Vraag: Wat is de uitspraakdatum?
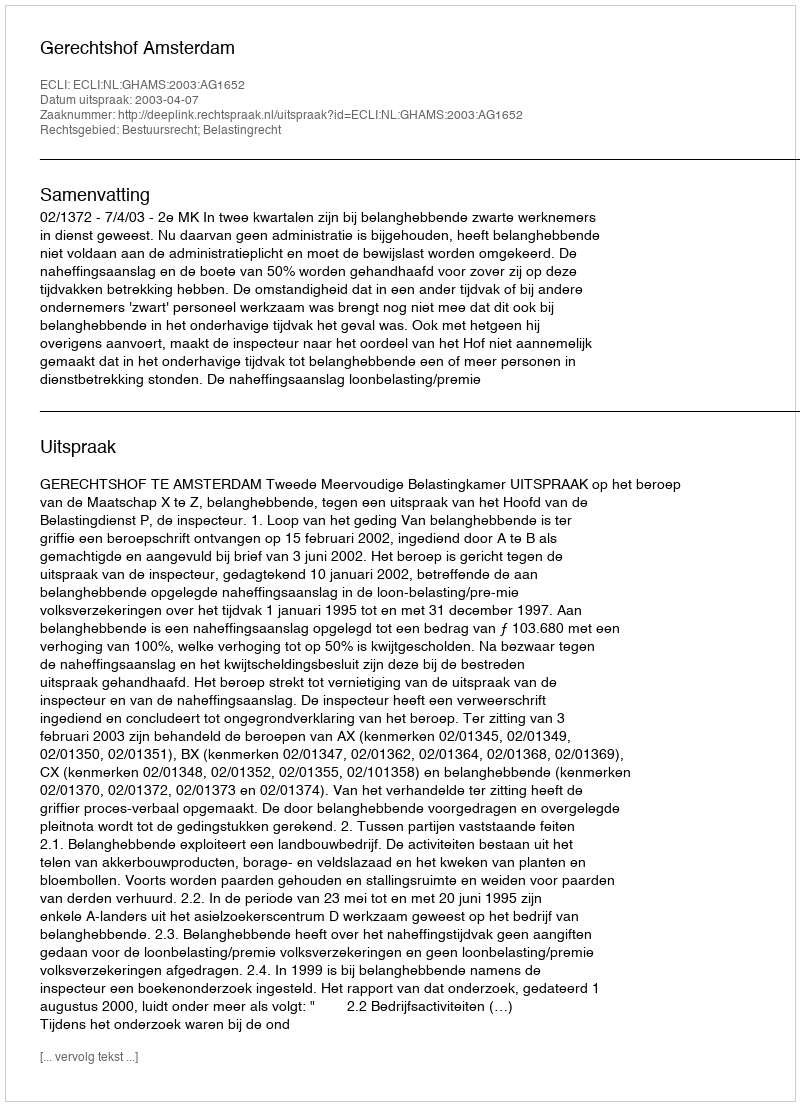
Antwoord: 2003-04-07